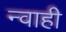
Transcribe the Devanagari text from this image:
न्वाही